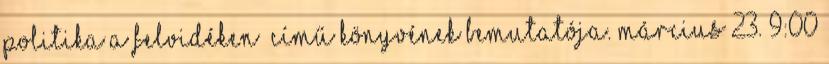
politika a Felvidéken” című könyvének bemutatója. MÁRCIUS 23. 9:00